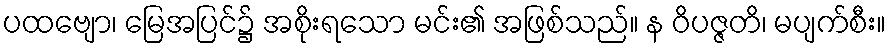
ပထဗျော၊ မြေအပြင်၌ အစိုးရသော မင်း၏ အဖြစ်သည်။ န ဝိပဇ္ဇတိ၊ မပျက်စီး။